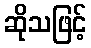
ဆိုသဖြင့်